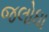
જલોધા